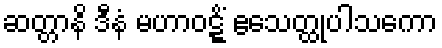
ဆတ္တာနိ ဒီနံ မဟာဝဋ္ဋိံ ဧသေတ္ထုပါသကော